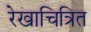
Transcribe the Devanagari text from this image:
रेखाचित्रित